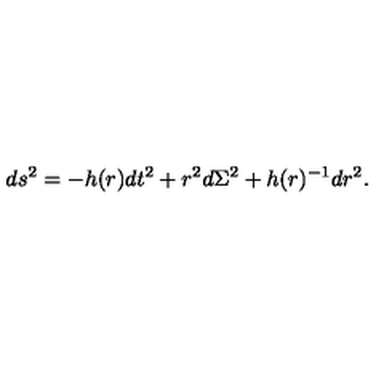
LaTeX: d s ^ { 2 } = - h ( r ) d t ^ { 2 } + r ^ { 2 } d \Sigma ^ { 2 } + h ( r ) ^ { - 1 } d r ^ { 2 } .